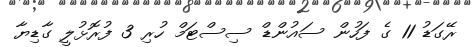
ރޭގަޑު 11 ގެ ފަހުން ސައުންޑް ސިސްޓަމް ހުރި 3 ފުރޮޅުލީ ގާޑިޔާ